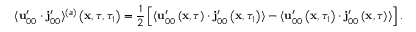
\langle \mathbf { u } _ { 0 0 } ^ { \prime } \cdot \mathbf { j } _ { 0 0 } ^ { \prime } \rangle ^ { ( a ) } \left( \mathbf { x } , \tau , \tau _ { 1 } \right) = \frac { 1 } { 2 } \left[ \langle \mathbf { u } _ { 0 0 } ^ { \prime } \left( \mathbf { x } , \tau \right) \cdot \mathbf { j } _ { 0 0 } ^ { \prime } \left( \mathbf { x } , \tau _ { 1 } \right) \rangle - \langle \mathbf { u } _ { 0 0 } ^ { \prime } \left( \mathbf { x } , \tau _ { 1 } \right) \cdot \mathbf { j } _ { 0 0 } ^ { \prime } \left( \mathbf { x } , \tau \right) \rangle \right] .